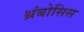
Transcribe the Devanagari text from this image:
थ्रंबोसिस